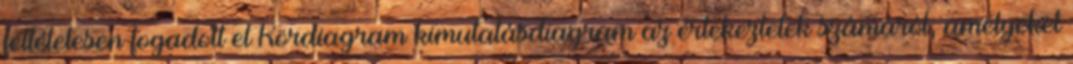
feltételesen fogadott el Kördiagram kimutatásdiagram az értekezletek számáról, amelyeket